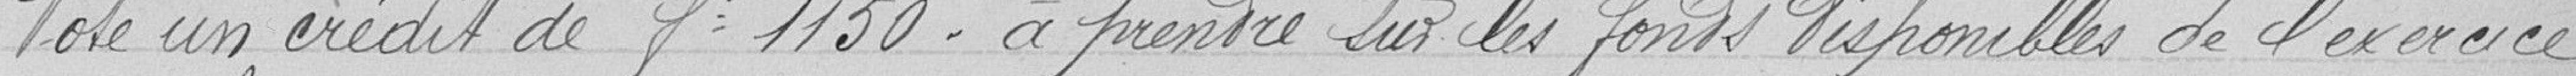
Vote un crédit de 1.150 F à prendre sur les fonds disponibles de l'exercice